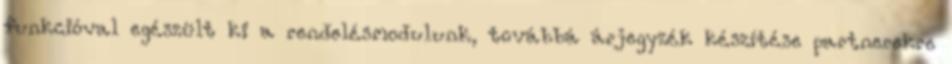
funkcióval egészült ki a rendelésmodulunk, továbbá árjegyzék készítése partnerekre